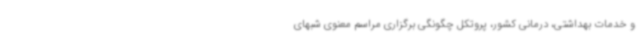
و خدمات بهداشتی، درمانی کشور، پروتکل چگونگی برگزاری مراسم معنوی شبهای